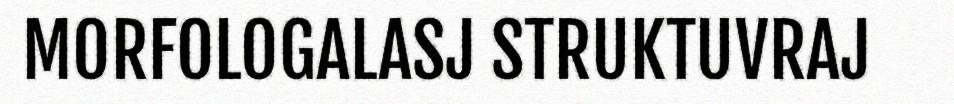
MORFOLOGALASJ STRUKTUVRAJ